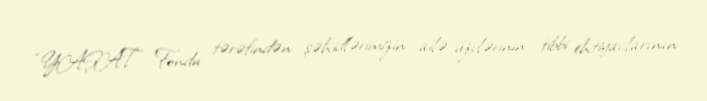
“YAŞAT" Fondu tərəfindən şəhidlərimizin ailə üzvlərinin tibbi ehtiyaclarının